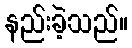
နည်းခဲ့သည်။